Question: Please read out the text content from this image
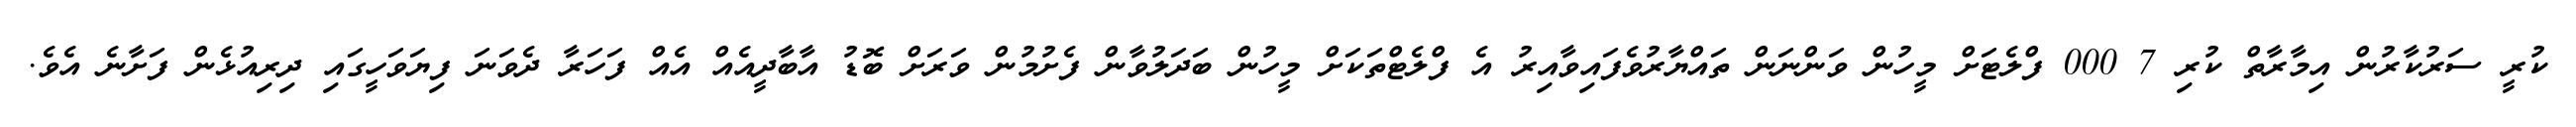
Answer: ކުރީ ސަރުކާރުން އިމާރާތް ކުރި 7 000 ފްލެޓަށް މީހުން ވަންނަން ތައްޔާރުވެފައިވާއިރު އެ ފްލެޓްތަކަށް މީހުން ބަދަލުވާން ފެށުމުން ވަރަށް ބޮޑު އާބާދީއެއް އެއް ފަހަރާ ދެވަނަ ފިޔަވަހީގައި ދިރިއުޅެން ފަށާނެ އެވެ.